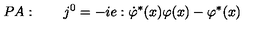
P A : \qquad j ^ { 0 } = - i e : \dot { \varphi } ^ { \ast } ( x ) \varphi ( x ) - \varphi ^ { \ast } ( x )